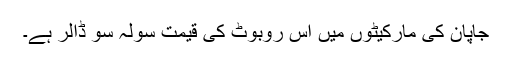
جاپان کی مارکیٹوں میں اِس روبوٹ کی قیمت سولہ سو ڈالر ہے۔